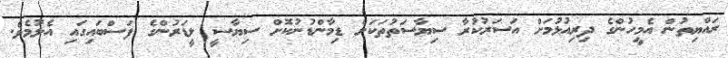
ރައްޔިތުން އެމީހުންގެ ދިރިއުޅުމަށް އަސަރުކުރާ ސިޔާސަތުތަކަށް ޑިމާންޑުނުކޮށް ސިޔާސީ ލީޑަރުންގެ ފަސްބައިގައި އެލުމެވެ.